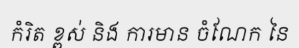
កំរិត ខ្ពស់ និង ការមាន ចំណែក នៃ